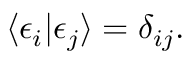
\langle \epsilon _ { i } | \epsilon _ { j } \rangle = \delta _ { i j } .